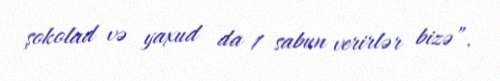
şokolad və yaxud da 1 sabun verirlər bizə”.